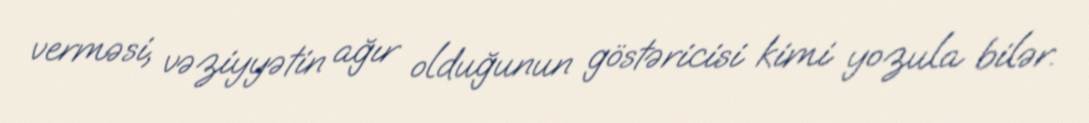
verməsi, vəziyyətin ağır olduğunun göstəricisi kimi yozula bilər.